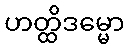
ဟတ္ထိဒမ္မော